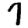
Digit: 7